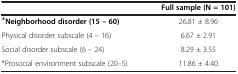
<table><thead><tr><td><b> </b></td><td><b>Full sample (N = 101)</b></td></tr></thead><tbody><tr><td><sup><b>±</b></sup><b>Neighborhood disorder (15 – 60)</b></td><td>26.81 ± 8.96</td></tr><tr><td>Physical disorder subscale (4 – 16)</td><td>6.67 ± 2.91</td></tr><tr><td>Social disorder subscale (6 – 24)</td><td>8.29 ± 3.55</td></tr><tr><td>*Prosocial environment subscale (20–5)</td><td>11.86 ± 4.40</td></tr></tbody></table>